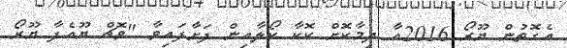
އެގޮތުން ޔޫރޯ 2016އާ ދިމާކޮށް ކޮކާ ކޯލާއިން ފަށާފައިވާ "ވޮޗް ޔޫއެފާ ޔޫރޯ